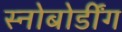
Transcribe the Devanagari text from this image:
स्नोबोर्डींग